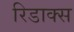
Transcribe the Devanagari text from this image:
रिडाक्स